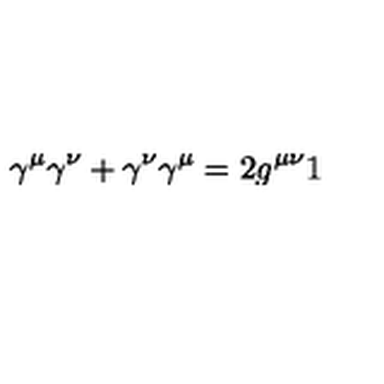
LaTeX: \gamma ^ { \mu } \gamma ^ { \nu } + \gamma ^ { \nu } \gamma ^ { \mu } = 2 g ^ { \mu \nu } 1